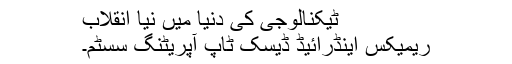
ٹیکنالوجی کی دنیا میں نیا انقلاب
ریمیکس اینڈرائیڈ ڈیسک ٹاپ آپریٹنگ سسٹم۔